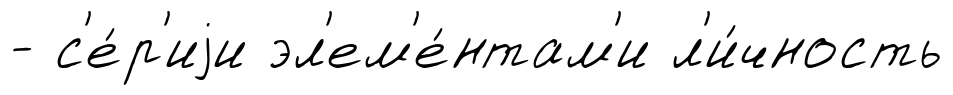
- с'е́р'иjи эл'ем'е́нтам'и л'и́чность